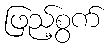
ဖြည့်စွက်